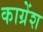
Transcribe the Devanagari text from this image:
काग्रेंश